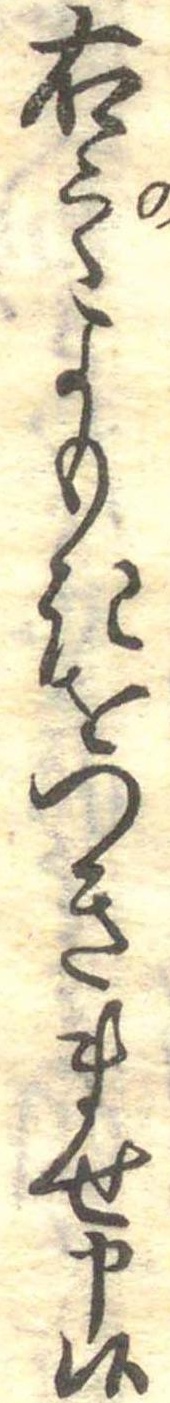
右之よもきをつきませ申候